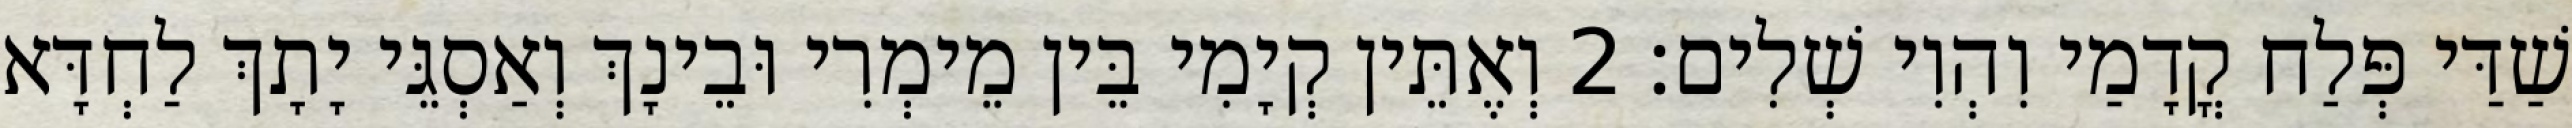
שַׁדַּי פְּלַח קֳדָמַי וִהְוִי שְׁלִים׃ 2 וְאֶתֵּין קְיָמִי בֵּין מֵימְרִי וּבֵינָךְ וְאַסְגֵּי יָתָךְ לַחְדָּא